Annual report of the Punjab Veterinary College and of the Civil Veterinary Department, Punjab - 1894-1908
Year: 1894
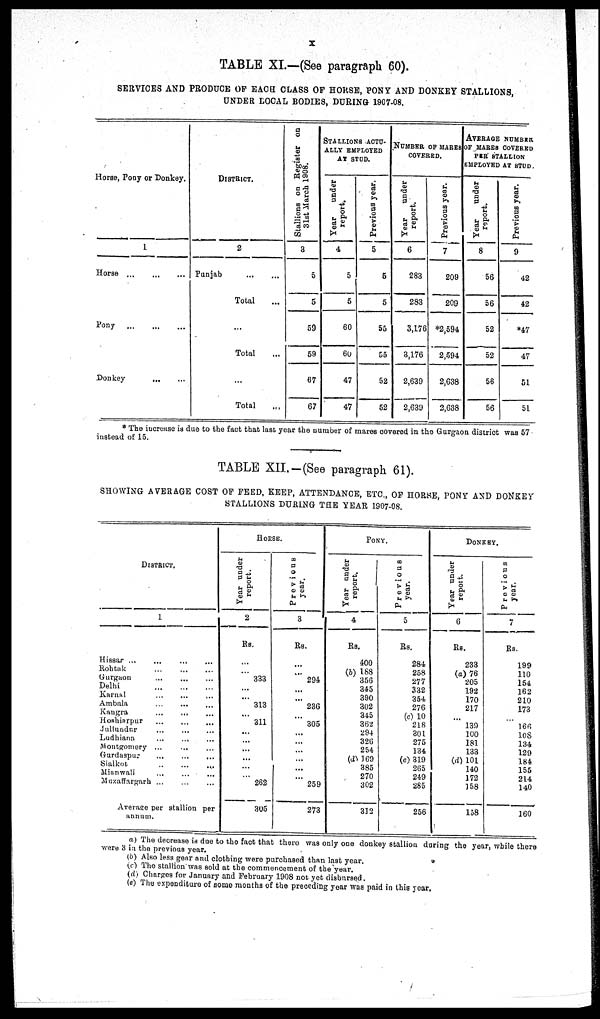
X
TABLE XI.—(See paragraph 60).
SERVICES AND PRODUCE OF EACH CLASS OF HORSE, PONY AND DONKEY STALLIONS,
UNDER LOCAL BODIES, DURING 1907-08.
Horse, Pony or Donkey.
1
Horse ... ... ... ... ...
Pony ... ... ... ... ... ...
Donkey ... ... ... ... ... ... ...
DISTRICT.
2
Punjab ... ... ... ...
Total ...
Total ...
...
Total
Stallions on Register on
31st March 1908.
3
5
5
59
59
67
67
STALLIONS ACTU-
ALLY EMPLOYED
AT STUD.
Year
under
report.
4
5
5
60
60
47
47
Previous year.
5
5
5
55
55
52
52
NUMBER OF MARES
COVERED.
Year
under
report.
6
283
283
3,176
3,176
2,639
2,639
Previous year.
7
209
209
*2,594
2,594
2,638
2,638
AVERAGE NUMBER
OF MARES COVERED
PER STALLION
EMPLOYED AT STUD
Year
under
report.
8
56
56
52
52
56
56
Previous year.
9
42
42
*47
47
51
51
* The increase is due to the fact that last year the number of mares covered in the Gurgaon district was 57
instead of 15.
TABLE XII.-(See paragraph 61).
SHOWING AVERAGE COST OF FEED, KEEP, ATTENDANCE, ETC., OF HORSE, PONY AND DONKEY
STALLIONS DURING THE YEAR 1907-08.
DISTRICT.
1
Hissar ... ... ... ... ... ... ...
Rohtak ... ... ... ... ...
Gurgaon ... ... ... ... ... ...
Delhi
Karnal ... ... ... ... ...
Ambala ... ... ... ... ... ...
Kangra
... ... ... ... ... ...
Hoshiarpur ... ... ... ... ... ...
Jullundur ... ... ... ... ... ... ...
Ludhiana ... ... ... ... ... ...
Montgomery ...
... ... ... ... ... ...
Gurdaspur ... ... ... ... ...
...
...
Sialkot. ... ... ... ...
Mianwali ... ... ... ... ...
Muzaffargarh ... ... ... ... ... ... ...
Average per stallion per
annum.
HORSE.
Year under
report.
2
Rs.
...
...
333
...
...
313
...
311
...
...
...
...
...
...
262
305
Previous
year.
3
Rs.
...
...
294
...
...
236
...
305
...
...
...
...
...
...
259
273
PONY.
Year under
report.
4
Rs.
400
(b) 188
356
345
390
302
345
362
294
326
254
(d) 169
385
270
302
312
Previous
year.
5
Rs.
284
258
277
332
354
276
(c) 10
218
301
275
134
(c) 319
265
249
285
256
DONKEY.
Year under
report.
6
Rs.
233
(a) 76
205
192
170
217
...
139
100
181
133
(d) 101
140
172
158
158
Previous
year.
7
Rs.
199
110
154
162
210
173
166
108
134
129
184
155
214
140
160
a) The decrease is due to the fact that there was only one donkey stallion during the year, while there
were 3 in the previous year.
(b) Also less gear and clothing were purchased than last year.
(c) The stallion was sold at the commencement of the year.
(d) Charges for January and February 1908 not yet disbursed.
(e) The expenditure of some months of the preceding year was paid in this year.